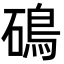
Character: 䲽